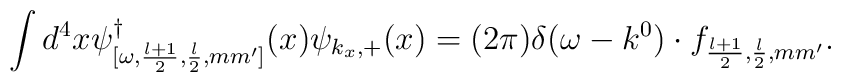
\int d^4x \psi^\dagger_{[\omega,\frac{l+1}{2},\frac{l}{2},mm']}(x)       \psi_{k_x,+}(x)   = (2\pi)\delta(\omega-k^0)\cdot f_{\frac{l+1}{2},\frac{l}{2},mm'}.